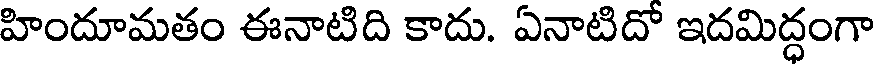
హిందూమతం ఈనాటిది కాదు. ఏనాటిదో ఇదమిద్ధంగా